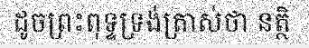
ដូចព្រះពុទ្ទទ្រង់ត្រាស់ថា នត្ថិ